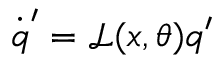
\dot { \boldsymbol { q } } ^ { \prime } = \mathcal { L } ( \boldsymbol { x } , \theta ) \boldsymbol { q } ^ { \prime }